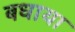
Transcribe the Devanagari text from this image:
बधाया